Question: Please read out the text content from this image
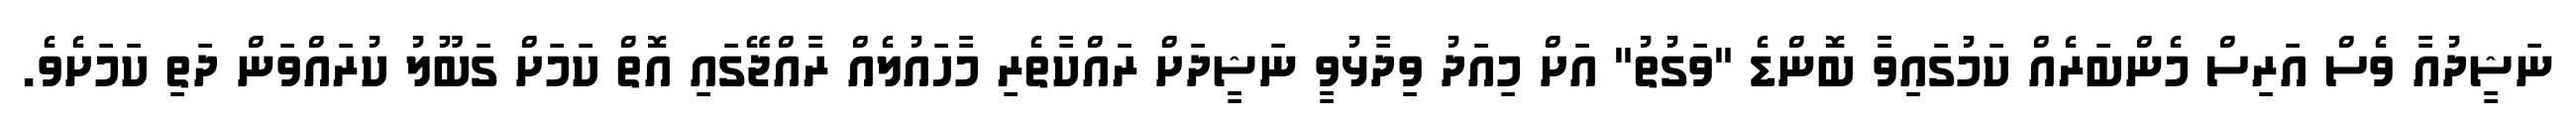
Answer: ނަޝީދުއާ ވެސް އަރިސް މެންބަރެއް ކަމުގައިވާ ބޮންޑެ "ވަގުތު" އަށް މިއަދު ވިދާޅުވީ ނަޝީދަށް ރައްކާތެރި މާހައުލެއް ރާއްޖޭގައި އޮތް ކަމަށް ގަބޫލު ކުރައްވަން ދަތި ކަމަށެވެ.